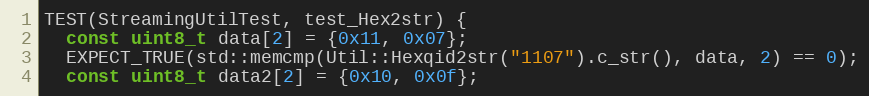
Language: C++
TEST(StreamingUtilTest, test_Hex2str) {
  const uint8_t data[2] = {0x11, 0x07};
  EXPECT_TRUE(std::memcmp(Util::Hexqid2str("1107").c_str(), data, 2) == 0);
  const uint8_t data2[2] = {0x10, 0x0f};